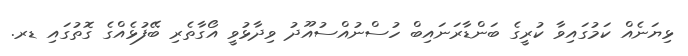
ޅިޔަނެއް ކަމުގައިވާ ކުރީގެ ބަންޑާރަނައިބް ހުސްނުއްސުއޫދު ވިދާޅުވީ އޯގާތެރި ބޭފުޅެއްގެ ގޮތުގައި ޑރ.